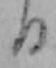
日